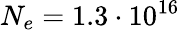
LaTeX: N_{e}=1.3\cdot 10^{16}